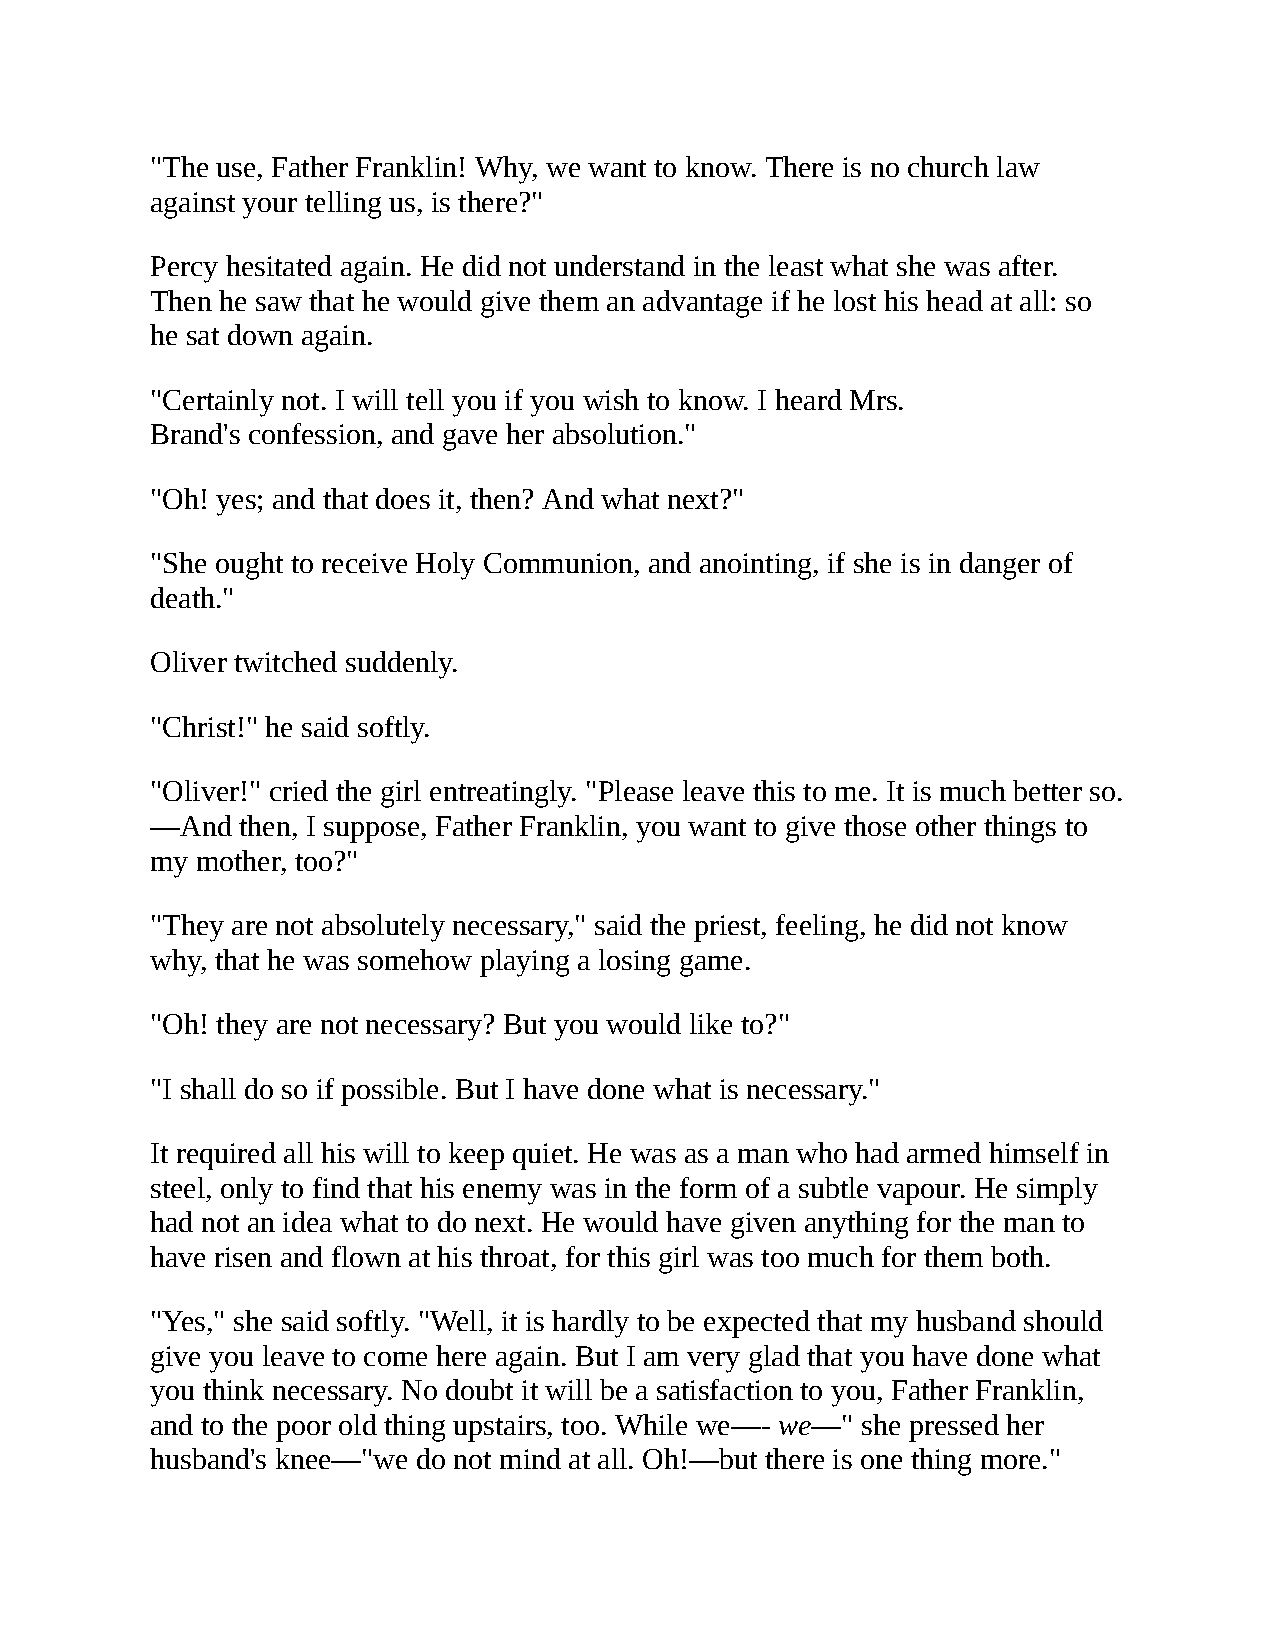
"The use, Father Franklin! Why, we want to know. There is no church law
 against your telling us, is there?"
 Percy hesitated again. He did not understand in the least what she was after.
 Then he saw that he would give them an advantage if he lost his head at all: so
 he sat down again.
 "Certainly not. I will tell you if you wish to know. I heard Mrs.
 Brand's confession, and gave her absolution."
 "Oh! yes; and that does it, then? And what next?"
 "She ought to receive Holy Communion, and anointing, if she is in danger of
 death."
 Oliver twitched suddenly.
 "Christ!" he said softly.
 "Oliver!" cried the girl entreatingly. "Please leave this to me. It is much better so.
 —And  then, I suppose, Father Franklin, you want to give those other things to
 my mother, too?"
 "They are not absolutely necessary," said the priest, feeling, he did not know
 why, that he was somehow playing a losing game.
 "Oh! they are not necessary? But you would like to?"
 "I shall do so if possible. But I have done what is necessary."
 It required all his will to keep quiet. He was as a man who had armed himself in
 steel, only to find that his enemy was in the form of a subtle vapour. He simply
 had not an idea what to do next. He would have given anything for the man to
 have risen and flown at his throat, for this girl was too much for them both.
 "Yes," she said softly. "Well, it is hardly to be expected that my husband should
 give you leave to come here again. But I am very glad that you have done what
 you think necessary. No doubt it will be a satisfaction to you, Father Franklin,
 and to the poor old thing upstairs, too. While we—- we—" she pressed her
 husband's knee—"we do not mind at all. Oh!—but there is one thing more."